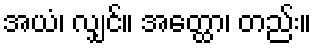
အယံ၊ လျှင်။ အတ္ထော၊ တည်း။